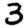
Digit: 3